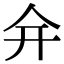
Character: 𠇋